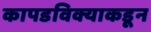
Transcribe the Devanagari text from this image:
कापडविक्याकडून